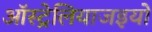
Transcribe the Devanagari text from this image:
ऑस्ट्रेलियाजइयों